Medical and sanitary report of the native army of Bengal for the year
Year: 1877
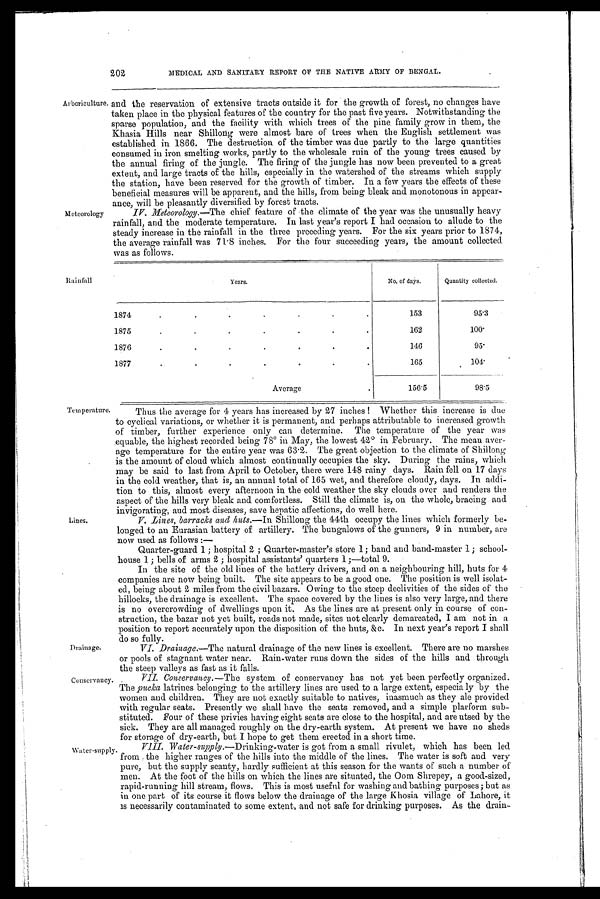
202
MEDICAL AND SANITARY REPORT OF THE NATIVE ARMY OF BENGAL.
Arboriculture.
Meteorology
and the reservation of extensive tracts outside it for the growth of forest, no changes have
taken place in the physical features of the country for the past five years. Notwithstanding the
sparse population, and the facility with which trees of the pine, family grow in them, the
Khasia Hills near Shillong were almost bare of trees when the English settlement was
established in 1866. The destruction of the timber was due partly to the large quantities
consumed in iron smelting works, partly to the wholesale ruin of the young trees caused by
the annual firing of the jungle. The firing of the jungle has now been prevented to a great
extent, and large tracts of the hills, especially in the watershed of the streams which supply
the station, have been reserved for the growth of timber. In a few years the effects of these
beneficial measures will be apparent, and the hills, from being bleak and monotonous in appear-
ance, will be pleasantly diversified by forest tracts.
IV. Meteorology.—The chief feature of the climate of the year was the unusually heavy
rainfall, and the moderate temperature. In last year's report I had occasion to allude to the
steady increase in the rainfall in the three preceding years. For the six years prior to 1874,
the average rainfall was 71.8 inches. For the four succeeding years, the amount collected.
was as follows.
Rainfall
Years.
No. of days.
Quantity collected.
1874
.
.
.
.
.
.
.
153
95.3
1875
.
.
.
.
.
.
.
162
1 0 0 .
1876
.
.
.
.
.
.
.
146
9 5 .
1877
.
.
.
.
.
.
.
165
104.
Averag
.
1 5 6 . 5
98.5
Temperature.
Lines.
Drainage.
Conservancy
Water-supply.
Thus the average for 4 years has increased by 27 inches! Whether this increase is due
to cyclical variations, or whether it is permanent, and perhaps attributable to increased growth
of timber, further experience only can determine. The temperature of the year was
equable, the highest recorded being 78° in May, the lowest 42° in February. The mean aver-
age temperature for the entire year was 63.2. The great objection to the climate of Shillong
is the amount of cloud which almost continually occupies the sky. During the rains, which
may be said to last from April to October, there were 148 rainy days. Rain fell on 17 days
in the cold weather, that is, an annual total of 165 wet, and therefore cloudy, days. In addi-
tion to this, almost every afternoon in the cold weather the sky clouds over and renders the
aspect of the hills very bleak and comfortless. Still the climate is, on the whole, bracing and
invigorating, and most diseases, save hepatic affections, do well here.
V. Lines, barracks and huts.— In Shillong the 44th occupy the lines which formerly be-
longed to an Eurasian battery of artillery. The bungalows of the gunners, 9 in number, are
now used as follows :
—
Quarter-guard 1 ; hospital 2 ; Quarter-master's store 1; band and band-master 1; school-
house 1; bells of arms 2 ; hospital assistants' quarters 1;—total 9.
In the site of the old lines of the battery drivers, and on a neighbouring hill, huts for 4
companies are now being built. The site appears to be a good one. The position is well isolat-
ed, being about 2 miles from the civil bazars. Owing to the steep declivities of the sides of the
hillocks, the drainage is excellent. The space covered by the lines is also very large, and there
is no overcrowding of dwellings upon it. As the lines are at present only in course of con-
struction, the bazar not yet built, roads not made, sites not clearly demarcated, I am not in a
position to report accurately upon the disposition of the huts, &c. In next year's report I shall
do so fully.
VI. Drainage.—The natural drainage of' the new lines is excellent. There are no marshes
or pools of stagnant water near. Rain-water runs down the sides of the hills and through
the steep valleys as fast as it falls.
VII. Conservancy.— The system of conservancy has not yet been perfectly organized.
The pucka latrines belonging to the artillery lines are used to a large extent, especia ly by the
women and children. They are not exactly suitable to natives, inasmuch as they ale provided
with regular seats. Presently we shall have the seats removed, and a simple plarform sub-
stituted. Four of these privies having eight seats are close to the hospital, and are utsed by the
sick. They are all managed roughly on the dry-earth system. At present we have no sheds
for storage of dry-earth, but I hope to get them erected in a short time.
VI I I . Wat er - suppl y.— D r i n k i n g - w a t e r i s g o t f r o m a s m a l l r i v u l e t , w h i c h h a s b e e n l e d
from the higher ranges of' the hills into the middle of the lines. The water is soft and very
pure, but the supply scanty, hardly sufficient at this season for the wants of such a number of
men. At the foot of the hills on which the lines are situated, the Oom Shrepey, a good-sized,
rapid-running hill stream, flows. This is most useful for washing and bathing purposes; but as
in one part of its course it flows below the drainage of the large Khosia village of Lahore, it
is necessarily contaminated to some extent, and not safe for drinking purposes. As the drain-